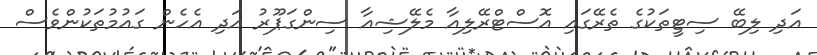
އަދި ލިބޭ ސިޓީތަކުގެ ތެރޭގައި އޮސްޓްރޭލިއާ މެލޭޝިއާ ސިންގަޕޫރު އަދި އެހެން ގައުމުތަކުންވެސް